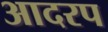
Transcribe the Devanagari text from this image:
आदरप